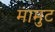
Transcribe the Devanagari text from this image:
मामुट